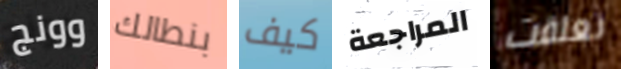
وونج بنطالك كيف المراجعة تعلقت